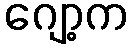
ဂျော့က